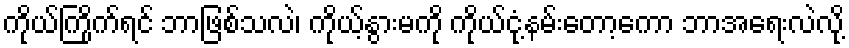
ကိုယ်ကြိုက်ရင် ဘာဖြစ်သလဲ၊ ကိုယ့်နွားမကို ကိုယ်ငုံ့နမ်းတော့ကော ဘာအရေးလဲလို့